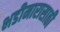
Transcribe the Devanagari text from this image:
भडीमारासाठी